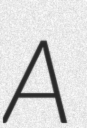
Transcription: A